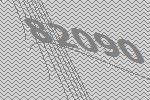
82090